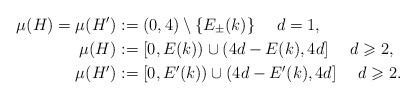
LaTeX: \begin{align*}\mu(H) = \mu(H') &:= (0,4)\setminus \{E_{\pm}(k)\} \ \ \ \ d=1, \\\mu(H) &:= [0,E(k)) \cup (4d-E(k),4d] \ \ \ \ d\geqslant 2, \\\mu(H') &:= [0,E'(k))\cup(4d-E'(k),4d] \ \ \ \ d\geqslant 2.\end{align*}